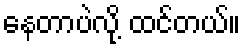
နေတာပဲလို့ ထင်တယ်။